Vaccine operations Central Provinces & Berar 1922-1929 - 1922-1929
Year: 1922
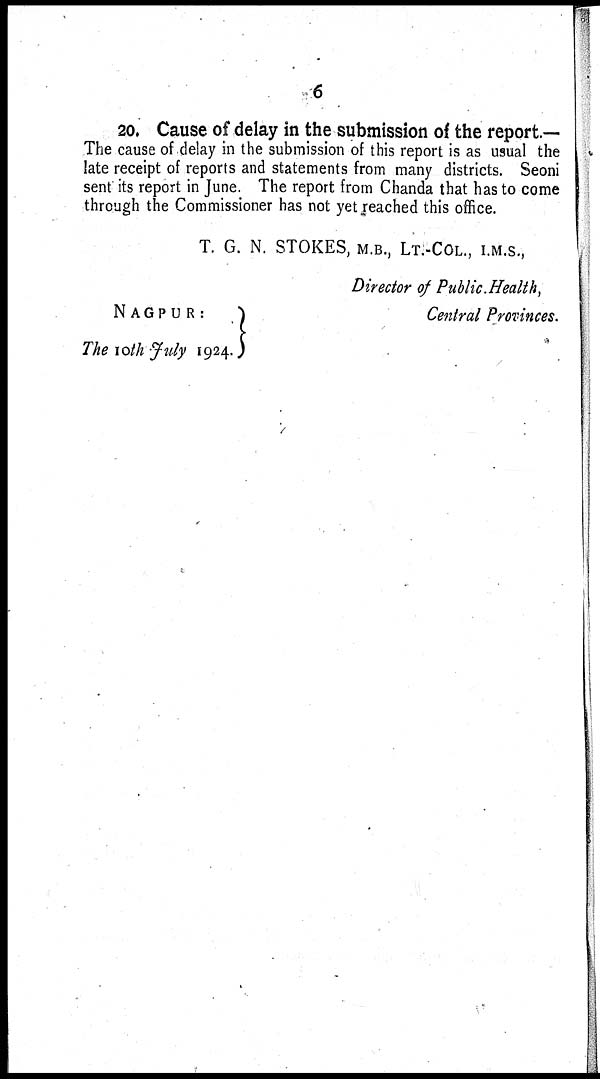
6
20. Cause of delay in the submission of the report—
The cause of delay in the submission of this report is as usual the
late receipt of reports and statements from many districts. Seoni
sent its report in June. The report from Chanda that has to come
through the Commissioner has not yet reached this office.
T. G. N. STOKES, M.B., LT.-COL., I.M.S.,
NAGPUR:
The 10th July 1924.
Director of Public Health,
Central Provinces.